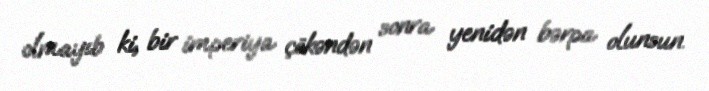
olmayıb ki, bir imperiya çökəndən sonra yenidən bərpa olunsun.